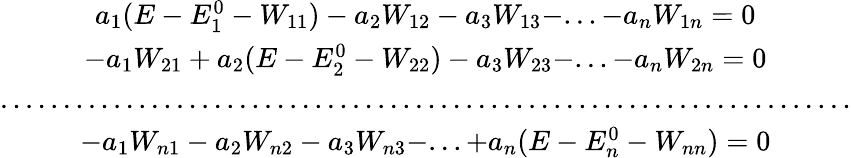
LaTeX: \begin{array}{c}{{a_{1}(E-E_{1}^{0}-W_{11})-a_{2}W_{12}-a_{3}W_{13}-...-a_{n}W_{1n}=0}}\\ {{-a_{1}W_{21}+a_{2}(E-E_{2}^{0}-W_{22})-a_{3}W_{23}-...-a_{n}W_{2n}=0}}\\ {{....................................................................}}\\ {{-a_{1}W_{n1}-a_{2}W_{n2}-a_{3}W_{n3}-...+a_{n}(E-E_{n}^{0}-W_{nn})=0}}\end{array}